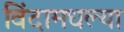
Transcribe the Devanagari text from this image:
विंदामधल्या